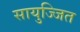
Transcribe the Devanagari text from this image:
सायुज्जित